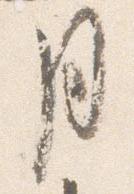
月